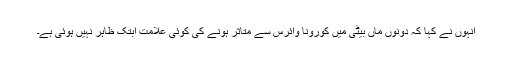
انہوں نے کہا کہ دونوں ماں بیٹی میں کورونا وائرس سے متاثر ہونے کی کوئی علامت ابتک ظاہر نہیں ہوئی ہے۔